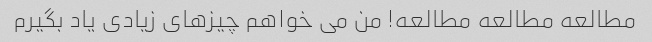
مطالعه مطالعه مطالعه! من می خواهم چیزهای زیادی یاد بگیرم